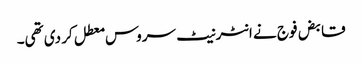
قابض فوج نے انٹرنیٹ سروس معطل کر دی تھی۔